Scottish Leaving Certificate Examination, 1958
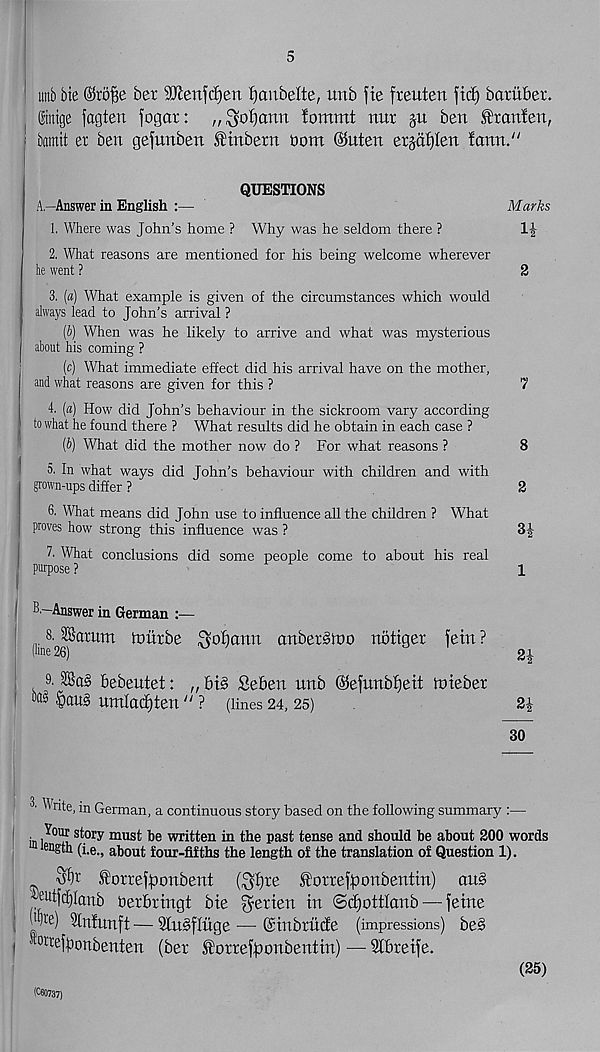
5
wtbbie ®rofse ber ^enfrfjen fjanbelte, unb fie freitten fid) bariiber.
©ntge fagten fogar: ,, ^50b)arm lommt nur §u ben Sfrnnfen,
i bamit er ben gefunben tinbern tiont @uten erjafjlen fann."
QUESTIONS
A—Answer in English :—
Marks
1. Where was John’s home ? Why was he seldom there ?
2. What reasons are mentioned for his being welcome wherever
he went ?
3. (a) What example is given of the circumstances which would
always lead to John’s arrival ?
(b) When was he likely to arrive and what was mysterious
about his coming ?
(c) What immediate effect did his arrival have on the mother,
and what reasons are given for this ?
4. (0) How did John’s behaviour in the sickroom vary according
to what he found there ? What results did he obtain in each case ?
(b) What did the mother now do ? For what reasons ?
5. In what ways did John’s behaviour with children and with
grown-ups differ ?
6. What means did John use to influence all the children ? What
proves how strong this influence was ?
7. What conclusions did some people come to about his real
purpose ?
B —Answer in German :■ —
' (line 2hf (mim
cmber§tt>o notiger fetn ?
9.bebeutet: „ bi§ Seben unb (Sfefunbljett tuieber
umlacfjten " ? (lines 24, 25)
2
7
8
2
H
1
2i
2i
30
^
in German, a continuous story based on the following summary :—
■ , Yo ® story must be written in the past tense and should be about 200 words
eng tli (i.e., about four-fifths the length of the translation of Question 1).
torrefy)onbent ($f)re torrefacmbentin) au§
2Ut|(|ianb herbringt bte ^erten in ©dgottlanb — feme
| :,;c ) ^infunft — 9lu§fluge — ©tnbrutfe ( impressions) be§
1 Bwwfponbenten (ber ^orrefponbentin) — Stbreife.
(C60737)
(25)